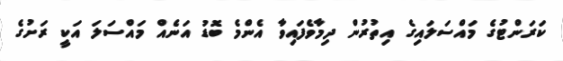
ކަރަންޓުގެ މައްސަލައިގެ އިތުރުން ދިމާވެފައިވާ އެންމެ ބޮޑު އަނެއް މައްސަލަ އަކީ ރަށުގެ